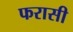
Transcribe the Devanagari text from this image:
फरासी